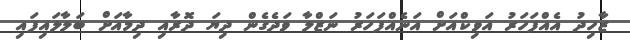
ޒާހިދު އެއްފަހަރު އަވިކްއަށް އަނެއްފަހަރު ނަޒްލާ ވަދެގެން ދިޔަ ދޮރާއި ދިމާއަށް ބަލާލައިފައި